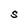
Character: S